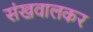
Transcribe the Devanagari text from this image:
संखवालकर